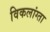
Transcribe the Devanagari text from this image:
विकलांग्‍ता